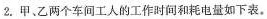
2.甲、乙两个车间工人的工作时间和耗电量如下表。